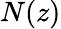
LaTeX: N(z)